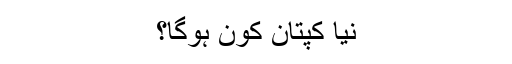
نیا کپتان کون ہوگا؟